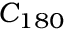
C _ { 1 8 0 }